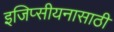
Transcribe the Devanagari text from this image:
इजिप्सीयनासाठी